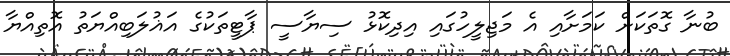
ބުނާ ގޮތަކަށް ކަމަށާއި އެ މަޖިލީހުގައި އިދިކޮޅު ސިޔާސީ ޕާޓީތަކުގެ އަޣުލަބިއްޔަތު އޮތިއްޔާ